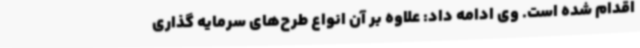
اقدام شده است. وی ادامه داد: علاوه بر آن انواع طرح‌های سرمایه گذاری